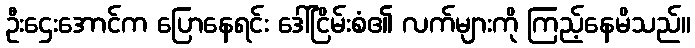
ဦးဌေးအောင်က ပြောနေရင်း ဒေါ်ငြိမ်းစံ၏ လက်များကို ကြည့်နေမိသည်။